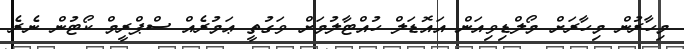
މިހާރުން މިހާރަށް މޯލްޑިވިއަން އައޮޑަލް ހުއްޓާލުމަށް ވަގުތީ ޢަމުރެއް ސްޕްރީމް ކޯޓުން ނެރެ